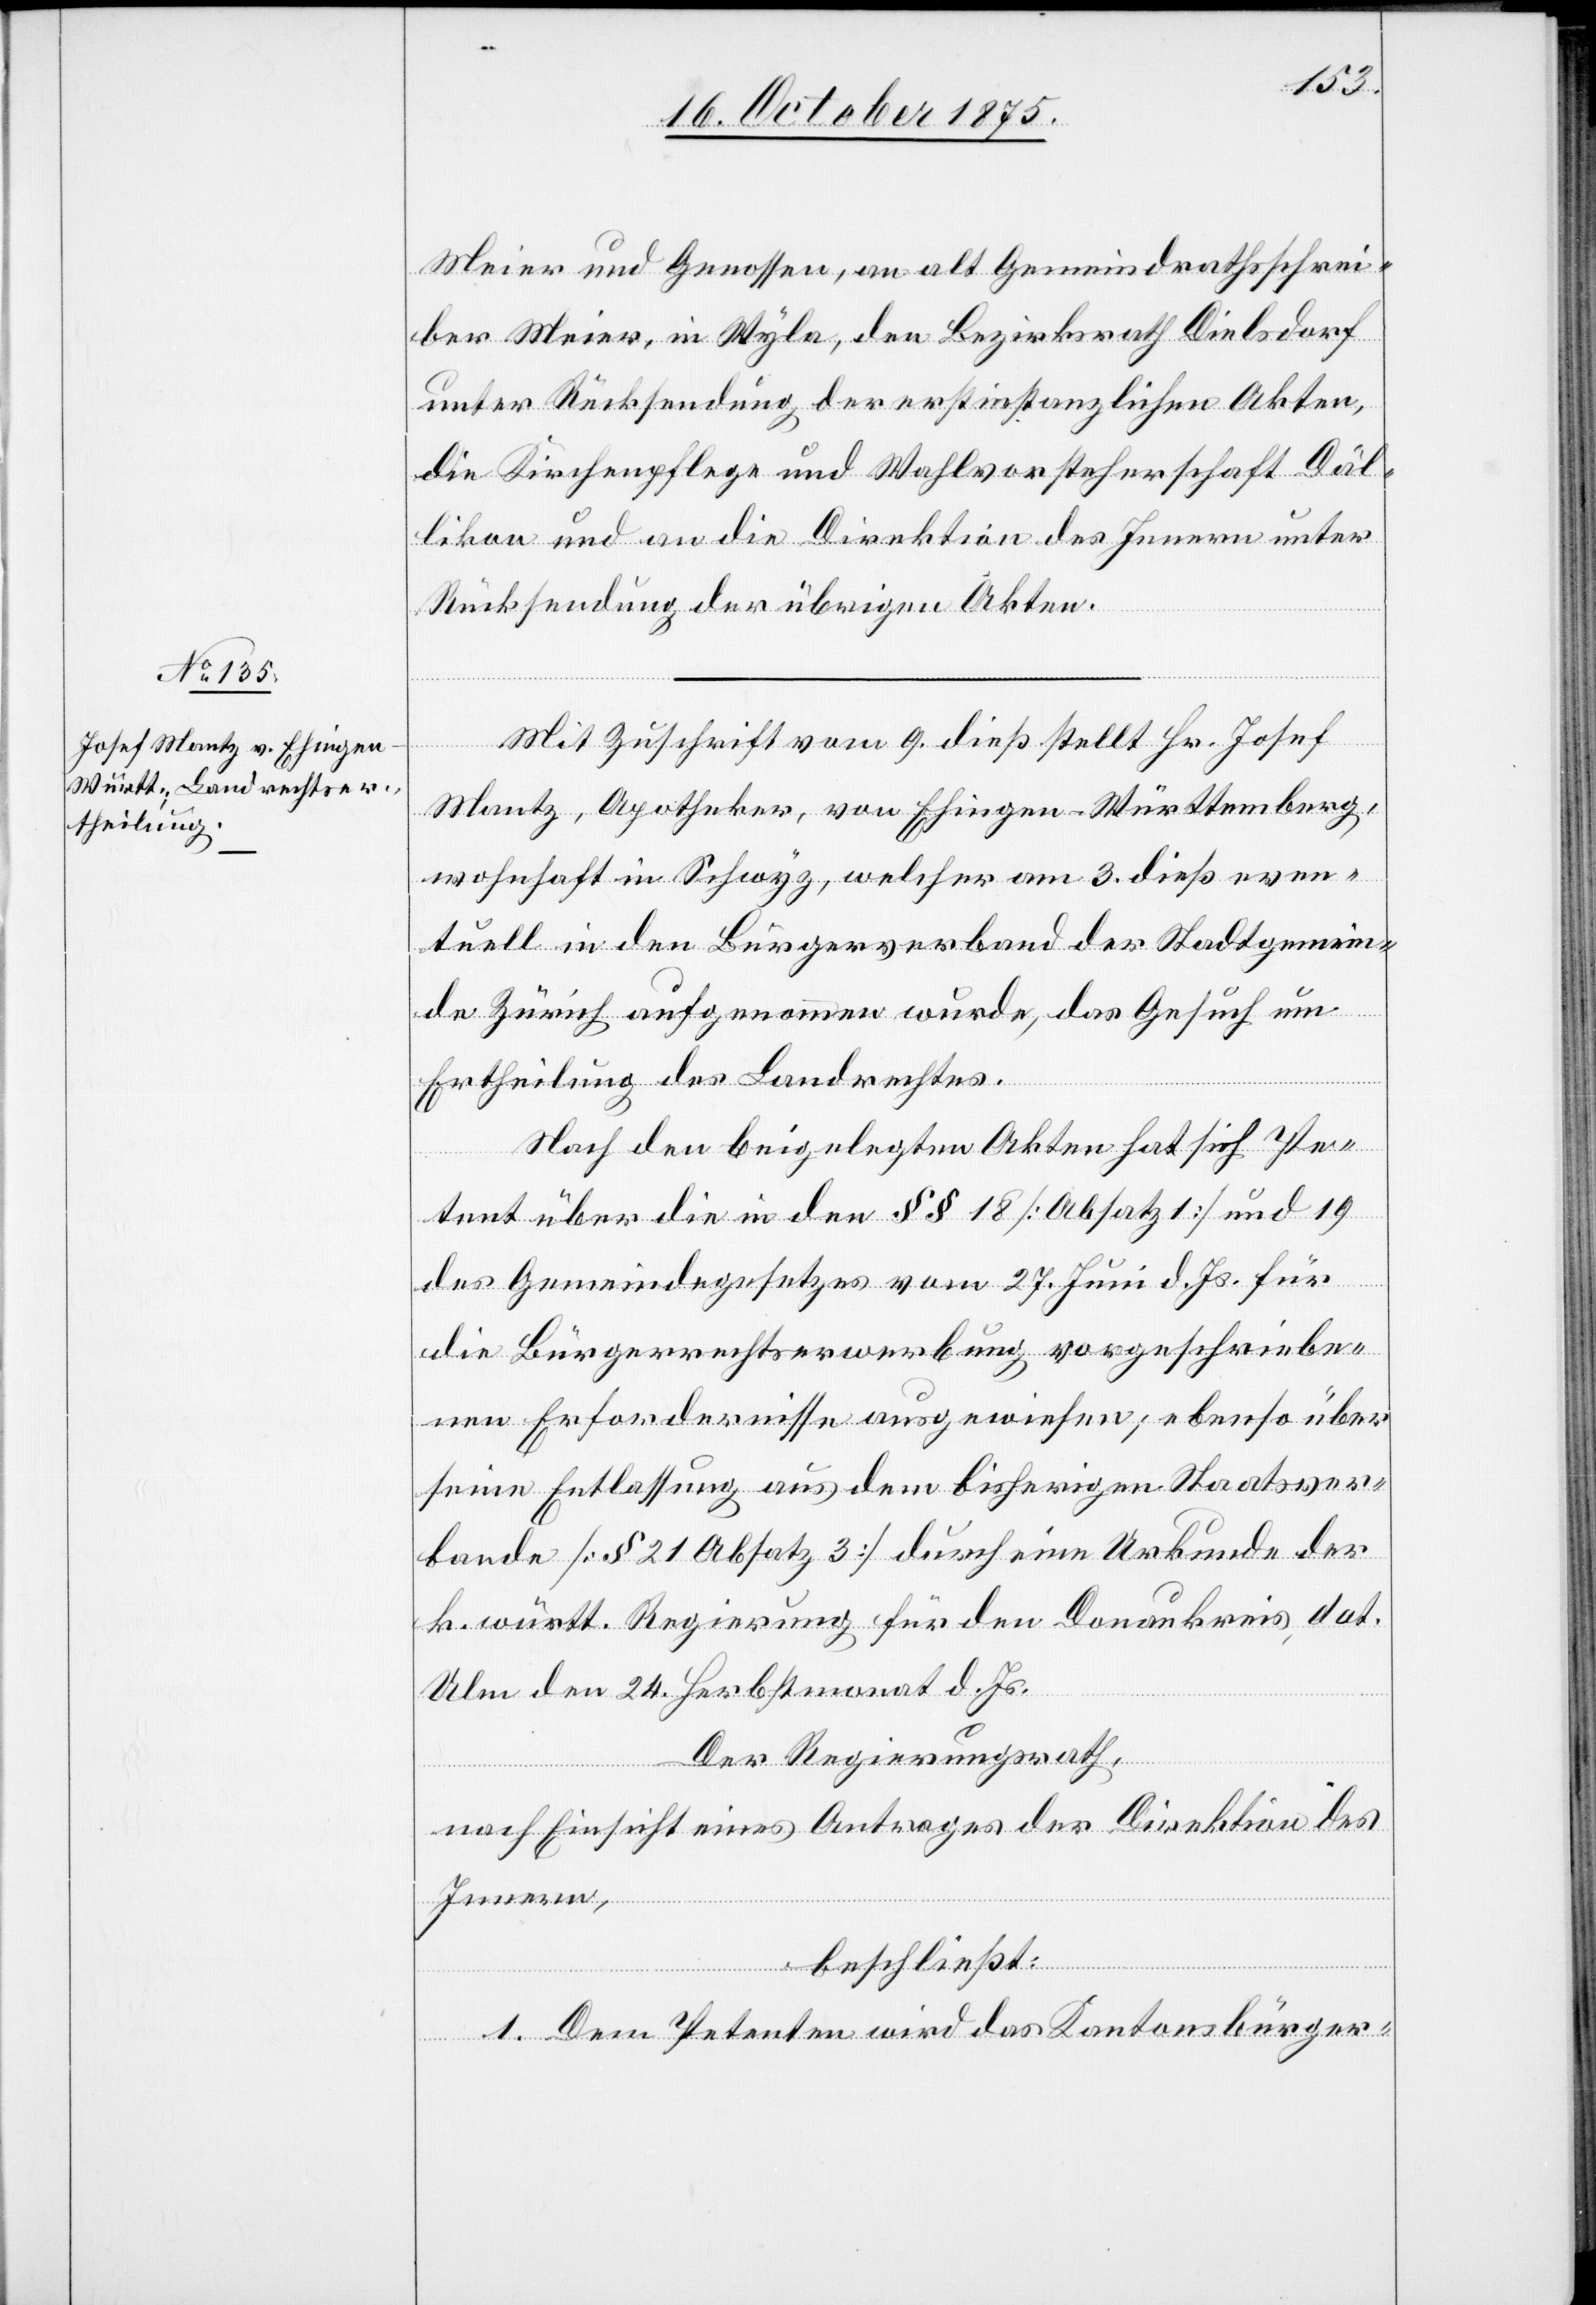
Meier und Genossen, an alt Gemeindrathsschrei¬
ber Meier, in Wyla, den Bezirksrath Dielsdorf
unter Rücksendung der erstinstanzlichen Akten,
die Kirchenpflege und Wahlvorsteherschaft Däl¬
likon und an die Direktion des Innern unter
Rücksendung der übrigen Akten.
Mit Zuschrift vom 9. dieß stellt Hr. Josef
Mantz, Apotheker, von Ehingen - Württemberg,
wohnhaft in Schwyz, welcher am 3. dieß even¬
tuell in den Bürgerverband der Stadtgemein¬
de Zürich aufgenommen wurde, das Gesuch um
Ertheilung des Landrechtes.
Nach den beigelegten Akten hat sich Pe¬
tent über die in den §§ 18 [Absatz 1] und 19
des Gemeindegesetzes vom 27. Juni d. Js. für
die Bürgerrechtserwerbung vorgeschriebe¬
nen Erfordernisse ausgewiesen; ebenso über
seine Entlassung aus dem bisherigen Staatsver¬
bande [§ 21 Absatz 3] durch eine Urkunde der
k. württ. Regierung für den Donaukreis, dat.
Ulm den 24. Herbstmonat d. Js.
Der Regierungsrath,
nach Einsicht eines Antrages der Direktion des
Innern,
beschließt:
1. Dem Petenten wird das Kantonsbürger-